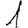
Digit: 1